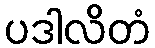
ပဒါလိတံ